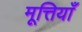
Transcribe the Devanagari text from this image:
मूत्तियाँ